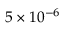
5 \times 1 0 ^ { - 6 }